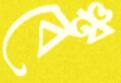
বেঞ্চ